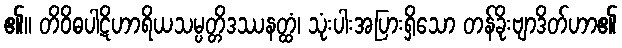
၏။ တိဝိဓပါဋိဟာရိယသမ္ပတ္တိဒဿနတ္ထံ၊ သုံးပါးအပြားရှိသော တန်ခိုးဗျာဒိတ်ဟာ၏